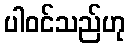
ပါဝင်သည်ဟု